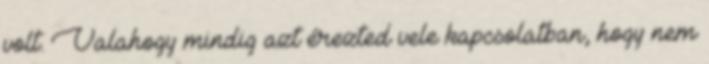
volt. Valahogy mindig azt érezted vele kapcsolatban, hogy nem